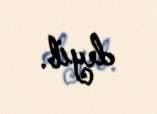
deyib.